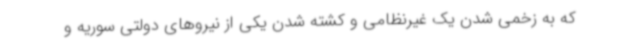
که به زخمی شدن یک غیرنظامی و کشته شدن یکی از نیروهای دولتی سوریه و